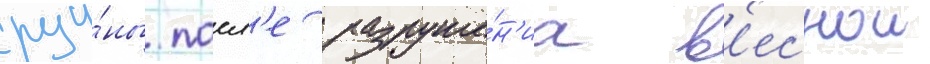
руи́ны. посл'е разруше́н'иа в'еснои